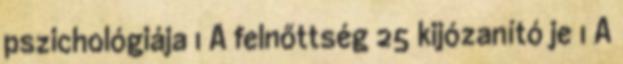
pszichológiája 1 A felnőttség 25 kijózanító je 1 A